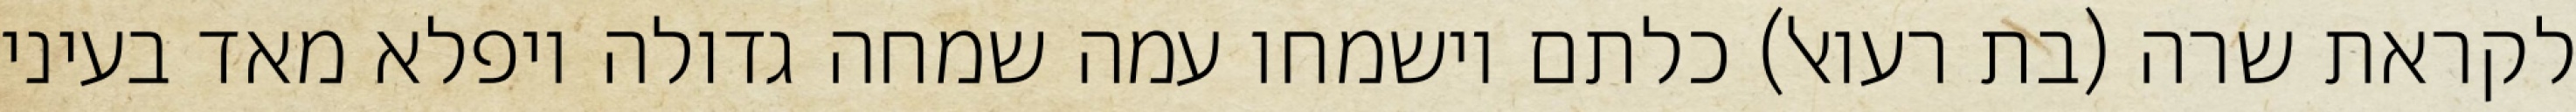
לקראת שרה (בת רעואל) כלתם וישמחו עמה שמחה גדולה ויפלא מאד בעיני